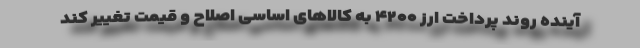
آینده روند پرداخت ارز ۴۲۰۰ به کالاهای اساسی اصلاح و قیمت تغییر کند